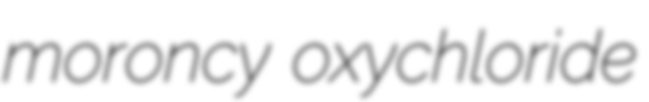
moroncy oxychloride